Report on the working of the Ranchi Indian Mental Hospital, Kanke, in Bihar and Orissa - 1930-1940
Year: 1930
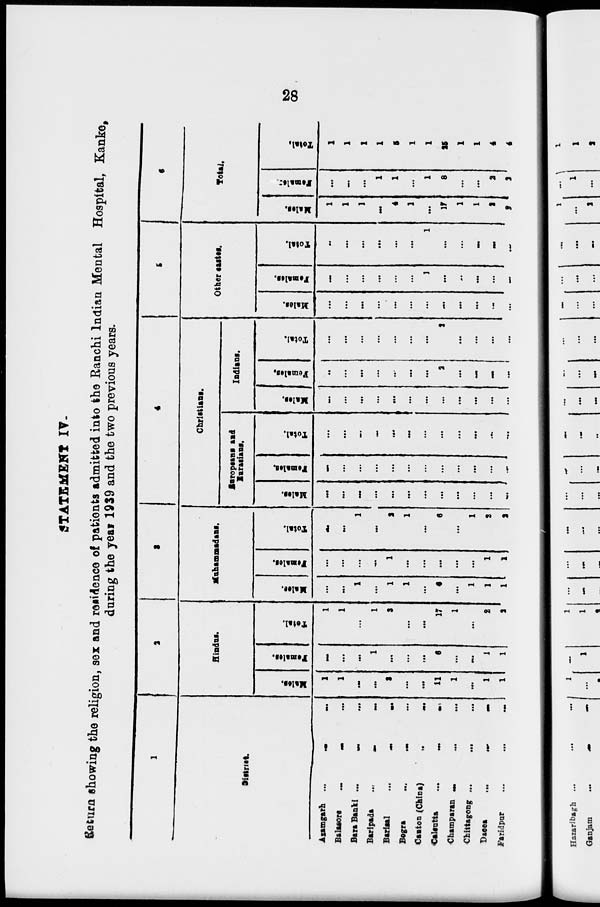
28
STATEMENT IV.
Return showing the religion, sex and residence of patients admitted into the Ranchi Indian Mental Hospital, Kanke,
during the year 1939 and the two previous years.
1
District.
Azamgarh ... ... ...
Balasore
...
...
...
Bara Banki ... ... ...
Baripada
...
...
...
Bariaal ... ... ...
Begra
...
...
...
Caston (China) ... ...
Calcutta
...
...
...
Champaran ... ... ...
Chittagong ... ... ...
Dacca
...
...
...
Faridpur
...
...
...
2
Hindu.
Males.
1
1
...
...
3
...
...
11
1
...
1
1
Females.
...
...
...
1
...
...
...
6
...
...
1
1
Total.
1
1
...
1
3
...
...
17
1
...
2
2
3
Muhammadam.
Males.
...
...
1
...
1
1
...
6
...
1
1
1
Females.
...
...
...
...
1
...
...
...
...
...
1
1
Total.
...
...
1
...
2
1
...
6
...
1
2
2
4
Christians.
Europeans and
Eurasians.
Males.
...
...
...
...
...
...
...
...
...
...
...
...
Females.
...
...
...
...
...
...
...
...
...
...
...
...
Total.
...
...
...
...
...
...
...
...
...
...
...
...
Indiana.
Males.
...
...
...
...
...
...
...
...
...
...
...
...
Females.
...
...
...
...
...
...
...
2
...
...
...
...
Total.
...
...
...
...
...
...
...
2
...
...
...
...
5
Other castes.
Males.
...
...
...
...
...
...
...
...
...
...
...
...
Females.
...
...
...
...
...
...
1
...
...
...
...
...
Total.
...
...
...
...
...
...
1
...
...
...
...
...
6
Total.
Males.
1
1
1
...
4
1
...
17
1
1
2
2
Females.
...
...
...
1
1
...
1
8
...
...
2
2
Total.
1
1
1
1
5
1
1
25
1
1
4
4